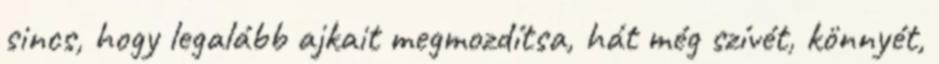
sincs, hogy legalább ajkait megmozdítsa, hát még szívét, könnyét,